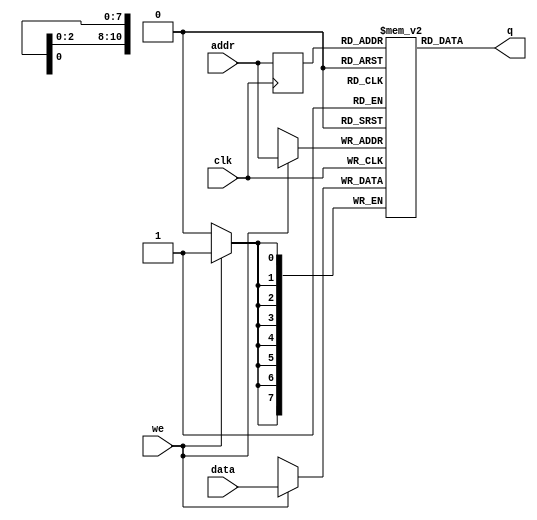
module ram2114
(
	input [7:0] data,
	input [10:0] addr,
	input we,clk,
	output [7:0] q
);

	reg [7:0] ram[2047:0];

	reg [10:0] addr_reg;

//RAM initialization Option 1 - Fill
	initial 
	begin : INIT
		integer i;
		for(i = 0; i < 2048; i = i + 1)
			ram[i] = {8{1'b0}};
	end 

	always @ (posedge clk)
	begin
		// Write
		if (we)//!
			ram[addr] <= data;

		addr_reg <= addr;
	end

	assign q = ram[addr_reg];

endmodule

module ram2114_DP
(
	input [7:0] data_a, data_b,
	input [10:0] addr_a, addr_b,
	input we_a, we_b, clk,
	output reg [7:0] q_a, q_b
);

	// Declare the RAM variable
	reg [7:0] ram[2047:0];
	
	initial 
	begin : INIT
		integer i;
		for(i = 0; i < 2048; i = i + 1)
			ram[i] = {8{1'b0}};
	end 

	// Port A 
	always @ (posedge clk)
	begin
		if (we_a) //!
		begin
			ram[addr_a] <= data_a;
			q_a <= data_a;
		end
		else 
		begin
			q_a <= ram[addr_a];
		end 
	end 

	// Port B 
	always @ (posedge clk)
	begin
		if (we_b) //
		begin
			ram[addr_b] <= data_b;
			q_b <= data_b;
		end
		else 
		begin
			q_b <= ram[addr_b];
		end 
	end

endmodule
//New Modules
module ram8125
(
	input di,
	input [7:0] addr,
	input we,clk,cs,
	output q
);

	reg ram[0:1023];

	reg [7:0] addr_reg;

	initial 
	begin : INIT
		integer i;
		for(i = 0; i < 1024; i = i + 1)
			ram[i] = 1'b0;
	end 

	always @ (posedge clk)
	begin
		// Write
		if (we && cs)
			ram[addr] <= di;

		addr_reg <= addr;
	end

	assign q = ram[addr_reg];

endmodule

module ram2114_bullet
(
	input [7:0] data,
	input [10:0] addr,
	input we,clk,
	output [7:0] q
);

	reg [7:0] ram[2047:0];

	reg [10:0] addr_reg;

//RAM initialization pre-set
	initial
	begin
		$readmemh("bullet.txt", ram);
	end

	always @ (posedge clk)
	begin
		// Write
		if (we)//!
			ram[addr] <= data;

		addr_reg <= addr;
	end

	assign q = ram[addr_reg];

endmodule

module ram2114_DP_bullet
(
	input [7:0] data_a, data_b,
	input [10:0] addr_a, addr_b,
	input we_a, we_b, clk,
	output reg [7:0] q_a, q_b
);

	// Declare the RAM variable
	reg [7:0] ram[2047:0];
	
	//initial 
	//begin : INIT
	//	integer i;
	//	for(i = 0; i < 2048; i = i + 1)
	//		ram[i] = {8{1'b0}};
	//end 

	initial
	begin
		$readmemh("bullet.txt", ram);
	end

	// Port A 
	always @ (posedge clk)
	begin
		if (we_a) //!
		begin
			ram[addr_a] <= data_a;
			q_a <= data_a;
		end
		else 
		begin
			q_a <= ram[addr_a];
		end 
	end 

	// Port B 
	always @ (posedge clk)
	begin
		if (we_b) //
		begin
			ram[addr_b] <= data_b;
			q_b <= data_b;
		end
		else 
		begin
			q_b <= ram[addr_b];
		end 
	end

endmodule

/*============================================================================
	Generic single-port RAM module

	Author: Jim Gregory - https://github.com/JimmyStones/
	Version: 1.0
	Date: 2022-01-28

	This program is free software; you can redistribute it and/or modify it
	under the terms of the GNU General Public License as published by the Free
	Software Foundation; either version 3 of the License, or (at your option)
	any later version.

	This program is distributed in the hope that it will be useful,
	but WITHOUT ANY WARRANTY; without even the implied warranty of
	MERCHANTABILITY or FITNESS FOR A PARTICULAR PURPOSE.  See the
	GNU General Public License for more details.

	You should have received a copy of the GNU General Public License along
	with this program. If not, see <http://www.gnu.org/licenses/>.
===========================================================================*/

`timescale 1 ps / 1 ps

module spram # (
	parameter address_width = 8,
	parameter data_width = 8,
	parameter init_file= ""
)
(
	input 							clk,
	input [(address_width-1):0]		address,
	input [(data_width-1):0]		data,
	output reg [(data_width-1):0]	q,
	input							wren
);

	localparam ramLength = (2**address_width);

	reg [(data_width-1):0] mem [ramLength-1:0];

	initial begin
		if (init_file>0) $readmemh(init_file, mem);
	end

	always @(posedge clk)
	begin
		if (wren)
		begin
			mem[address] <= data;
			q <= data;
		end
		else
		begin
			q <= mem[address];
		end
	end

endmodule